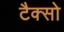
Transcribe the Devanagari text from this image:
टैक्सो